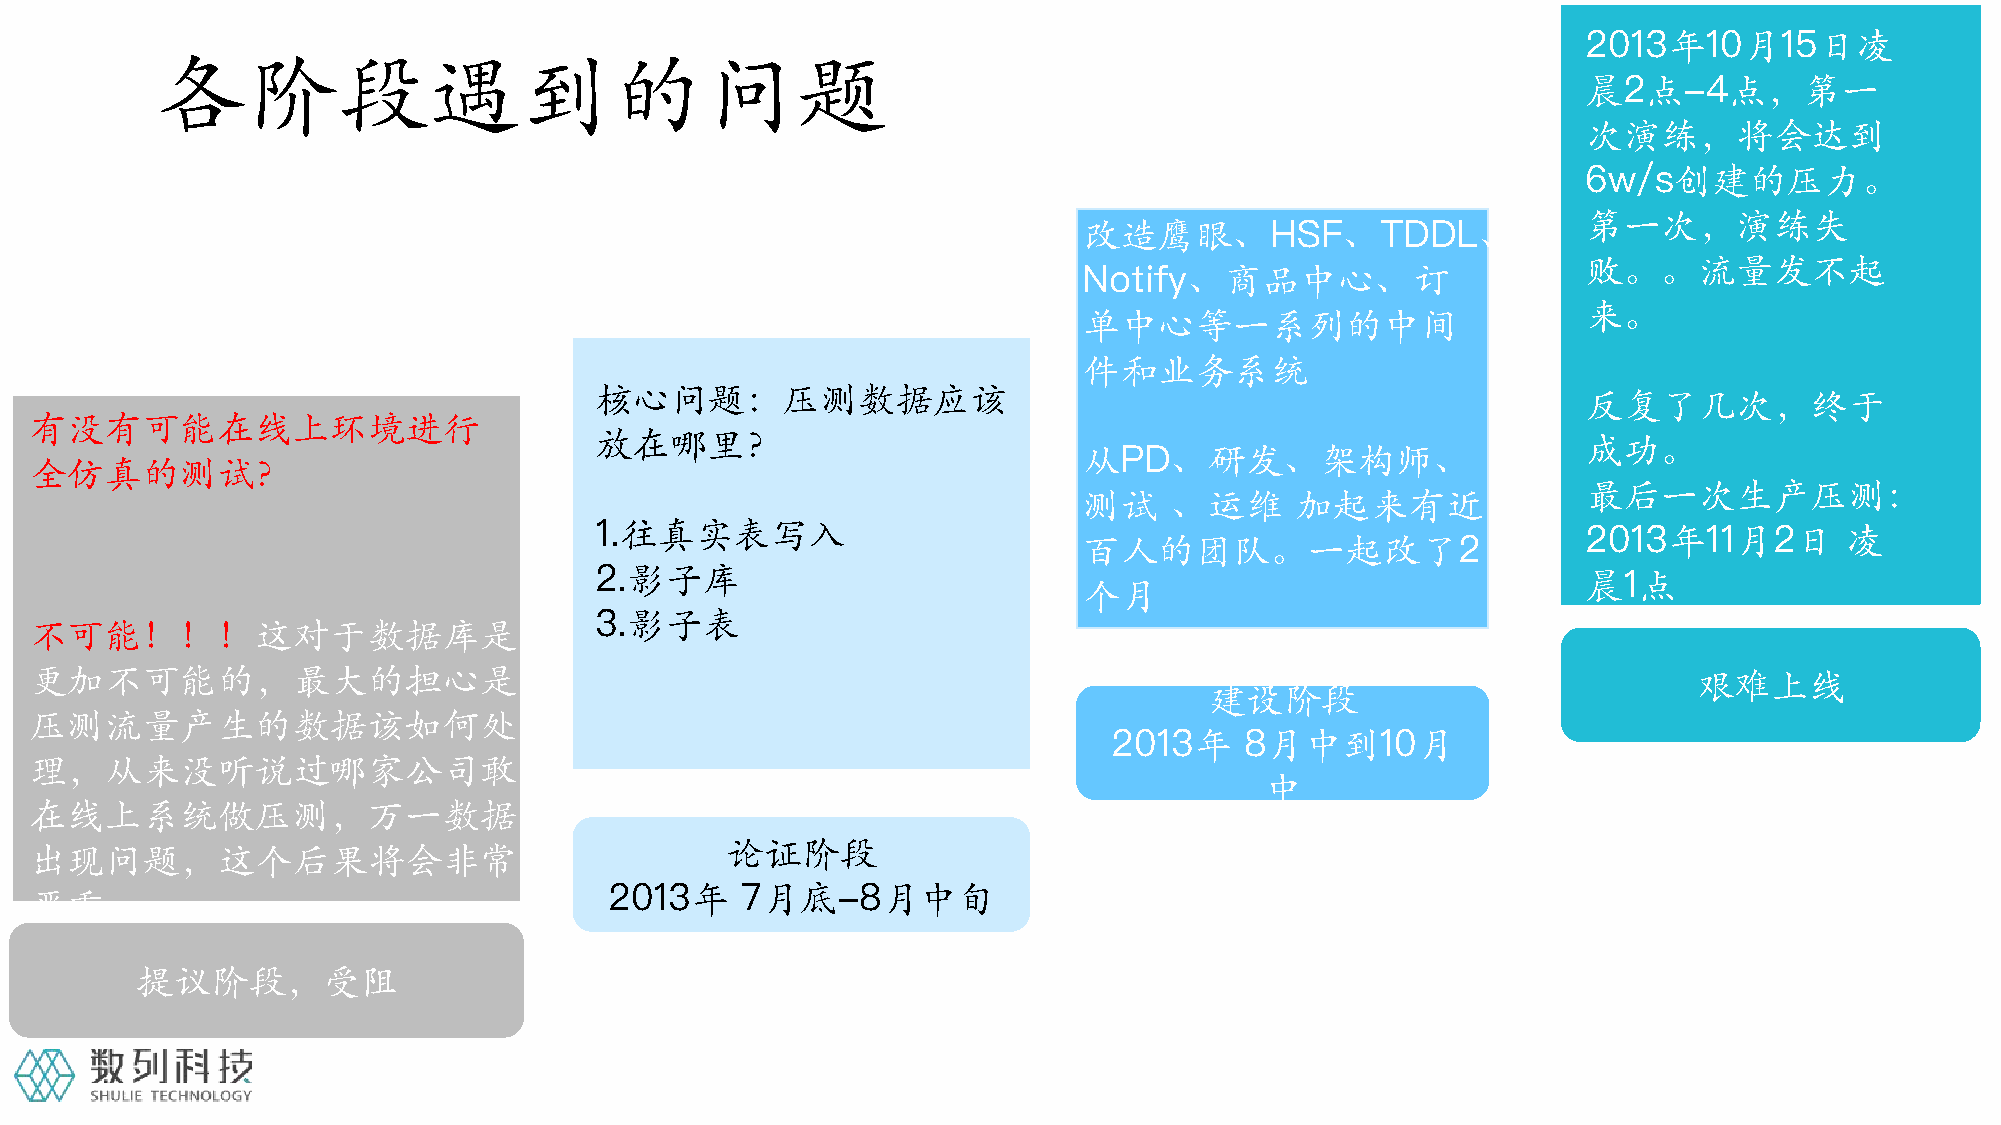
2013年10月15日凌
 各阶段遇到的问题
 晨2点-4点，第一
 次演练，将会达到
 6w/s创建的压力。
 第一次，演练失
 改造鹰眼、HSF、TDDL、
 败。。流量发不起
 Notify、商品中心、订
 来。
 单中心等一系列的中间
 件和业务系统
 核心问题：压测数据应该                                                       反复了几次，终于
 有没有可能在线上环境进行
 放在哪里？                                                             成功。
 从PD、研发、架构师、
 全仿真的测试？
 最后一次生产压测：
 测试   、运维      加起来有近
 1.往真实表写入                                                          2013年11月2日       凌
 百人的团队。一起改了2
 2.影子库                                                             晨1点
 个月
 3.影子表
 不可能！！！这对于数据库是
 更加不可能的，最大的担心是                                                                                                 艰难上线
 建设阶段
 压测流量产生的数据该如何处
 2013年   8月中到10月
 理，从来没听说过哪家公司敢
 中
 在线上系统做压测，万一数据
 论证阶段
 出现问题，这个后果将会非常
 2013年    7月底-8月中旬
 严重
 提议阶段，受阻